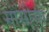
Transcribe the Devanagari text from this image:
मासीसा